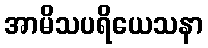
အာမိသပရိယေသနာ